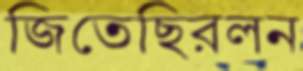
জিতেছিরলন